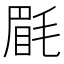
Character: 𣮮